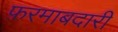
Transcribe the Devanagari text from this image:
फ़रमाबदारी